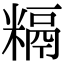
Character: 𥻥